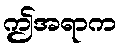
ဤအရာက